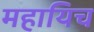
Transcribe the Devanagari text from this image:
महायिच